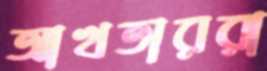
আখতাররা